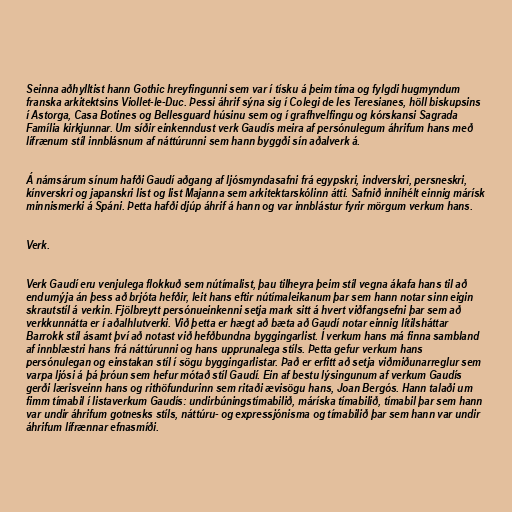
Seinna aðhylltist hann Gothic hreyfingunni sem var í tísku á þeim tíma og fylgdi hugmyndum
franska arkitektsins Viollet-le-Duc. Þessi áhrif sýna sig í Colegi de les Teresianes, höll biskupsins
í Astorga, Casa Botines og Bellesguard húsinu sem og í grafhvelfingu og kórskansi Sagrada
Família kirkjunnar. Um síðir einkenndust verk Gaudís meira af persónulegum áhrifum hans með
lífrænum stíl innblásnum af náttúrunni sem hann byggði sín aðalverk á.

Á námsárum sínum hafði Gaudí aðgang af ljósmyndasafni frá egypskri, indverskri, persneskri,
kínverskri og japanskri list og list Majanna sem arkitektarskólinn átti. Safnið innihélt einnig márísk
minnismerki á Spáni. Þetta hafði djúp áhrif á hann og var innblástur fyrir mörgum verkum hans.

Verk.

Verk Gaudí eru venjulega flokkuð sem nútímalist, þau tilheyra þeim stíl vegna ákafa hans til að
endurnýja án þess að brjóta hefðir, leit hans eftir nútímaleikanum þar sem hann notar sinn eigin
skrautstíl á verkin. Fjölbreytt persónueinkenni setja mark sitt á hvert viðfangsefni þar sem að
verkkunnátta er í aðalhlutverki. Við þetta er hægt að bæta að Gaudí notar einnig lítilsháttar
Barrokk stíl ásamt því að notast við hefðbundna byggingarlist. Í verkum hans má finna sambland
af innblæstri hans frá náttúrunni og hans upprunalega stíls. Þetta gefur verkum hans
persónulegan og einstakan stíl í sögu byggingarlistar. Það er erfitt að setja viðmiðunarreglur sem
varpa ljósi á þá þróun sem hefur mótað stíl Gaudí. Ein af bestu lýsingunum af verkum Gaudís
gerði lærisveinn hans og rithöfundurinn sem ritaði ævisögu hans, Joan Bergós. Hann talaði um
fimm tímabil í listaverkum Gaudís: undirbúningstímabilið, máríska tímabilið, tímabil þar sem hann
var undir áhrifum gotnesks stíls, náttúru- og expressjónisma og tímabilið þar sem hann var undir
áhrifum lífrænnar efnasmíði.